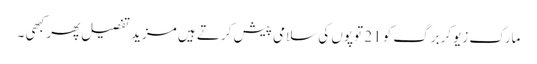
مارک زیوکربرگ کو 21 توپوں کی سلامی پیش کرتے ہیں مزید تفصیل پھر کبھی ۔